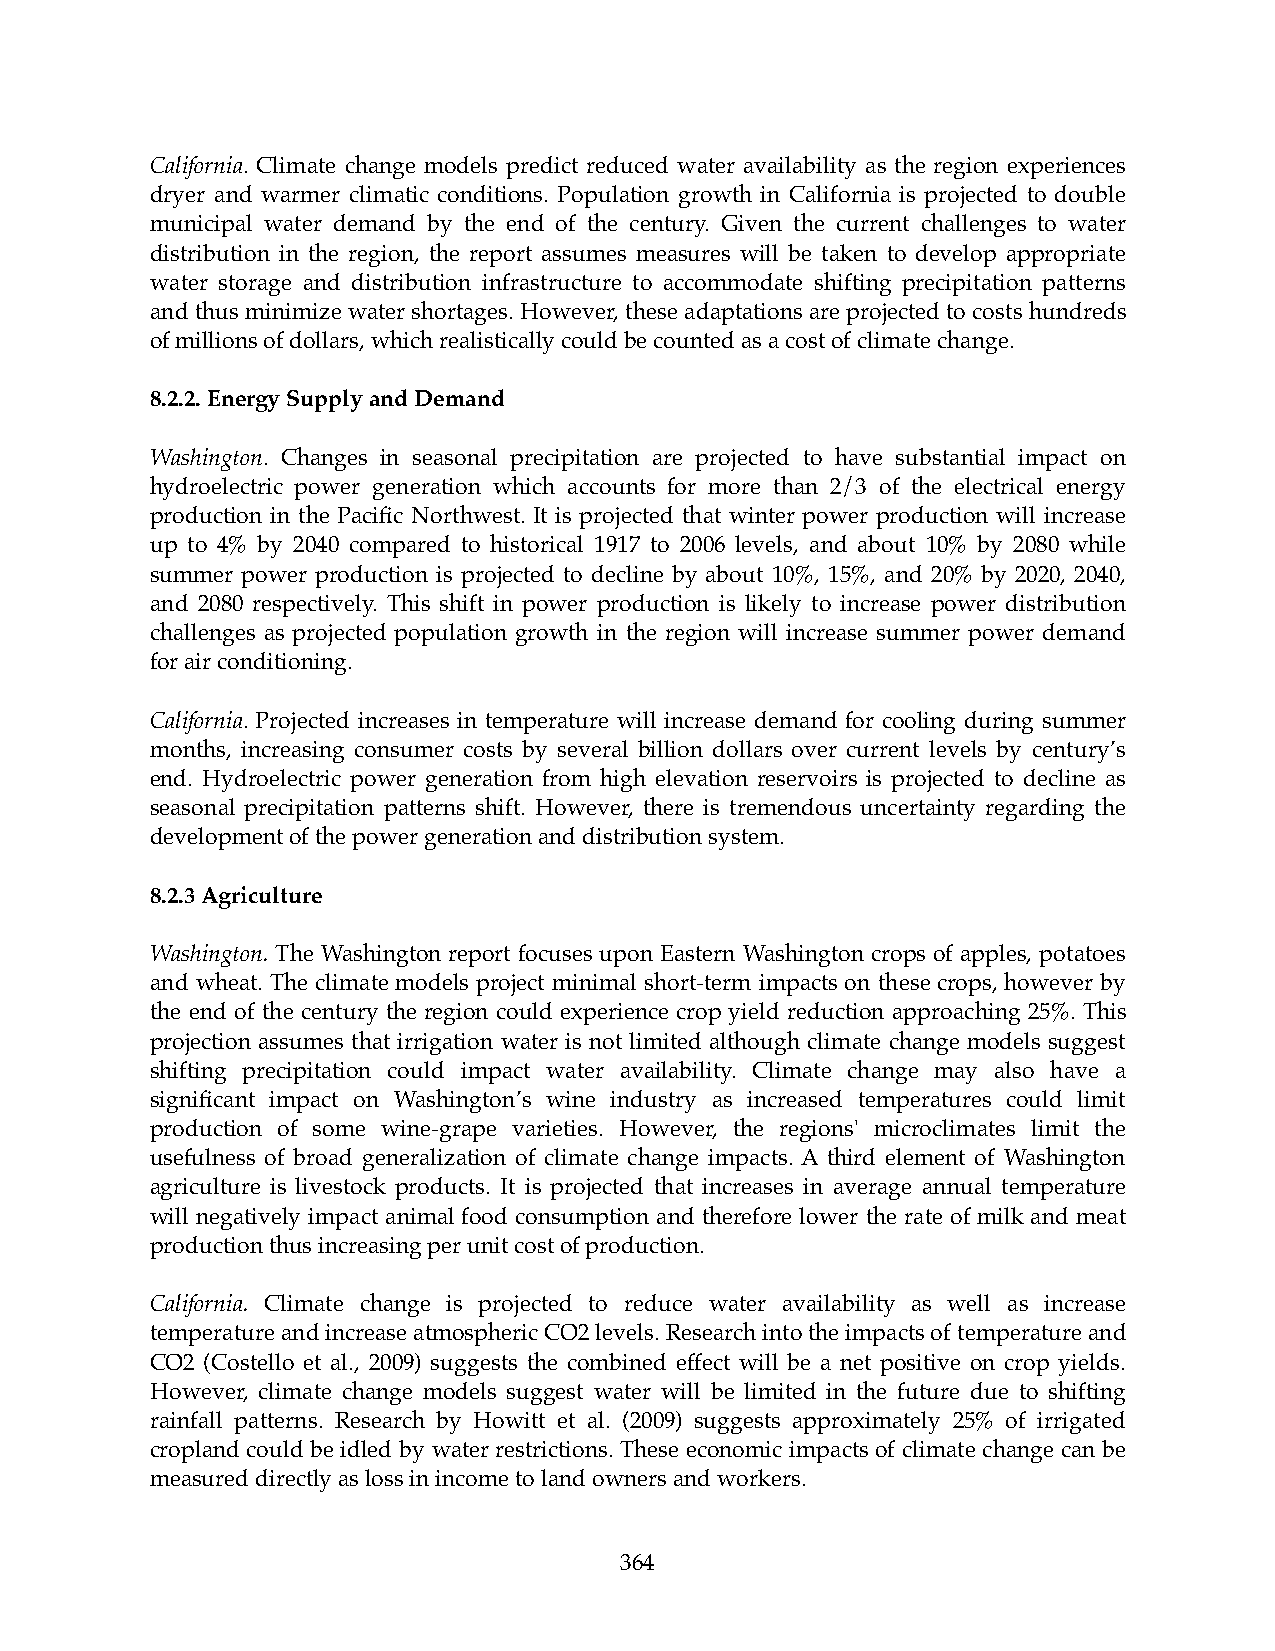
California. Climate change models predict reduced water availability as the region experiences
 dryer and warmer climatic conditions. Population growth in California is projected to double
 municipal water demand by the end of the century. Given the current challenges to water
 distribution in the region, the report assumes measures will be taken to develop appropriate
 water storage and distribution infrastructure to accommodate shifting precipitation patterns
 and thus minimize water shortages. However, these adaptations are projected to costs hundreds
 of millions of dollars, which realistically could be counted as a cost of climate change.
 8.2.2. Energy Supply and Demand
 Washington. Changes in seasonal precipitation are projected to have substantial impact on
 hydroelectric power generation which accounts for more than 2/3 of the electrical energy
 production in the Pacific Northwest. It is projected that winter power production will increase
 up to 4% by 2040 compared to historical 1917 to 2006 levels, and about 10% by 2080 while
 summer power production is projected to decline by about 10%, 15%, and 20% by 2020, 2040,
 and 2080 respectively. This shift in power production is likely to increase power distribution
 challenges as projected population growth in the region will increase summer power demand
 for air conditioning.
 California. Projected increases in temperature will increase demand for cooling during summer
 months, increasing consumer costs by several billion dollars over current levels by century’s
 end. Hydroelectric power generation from high elevation reservoirs is projected to decline as
 seasonal precipitation patterns shift. However, there is tremendous uncertainty regarding the
 development of the power generation and distribution system.
 8.2.3 Agriculture
 Washington. The Washington report focuses upon Eastern Washington crops of apples, potatoes
 and wheat. The climate models project minimal short-term impacts on these crops, however by
 the end of the century the region could experience crop yield reduction approaching 25%. This
 projection assumes that irrigation water is not limited although climate change models suggest
 shifting precipitation could impact water availability. Climate change may also have a
 significant impact on Washington’s wine industry as increased temperatures could limit
 production of some wine-grape varieties. However, the regions' microclimates limit the
 usefulness of broad generalization of climate change impacts. A third element of Washington
 agriculture is livestock products. It is projected that increases in average annual temperature
 will negatively impact animal food consumption and therefore lower the rate of milk and meat
 production thus increasing per unit cost of production.
 California. Climate change is projected to reduce water availability as well as increase
 temperature and increase atmospheric CO2 levels. Research into the impacts of temperature and
 CO2 (Costello et al., 2009) suggests the combined effect will be a net positive on crop yields.
 However, climate change models suggest water will be limited in the future due to shifting
 rainfall patterns. Research by Howitt et al. (2009) suggests approximately 25% of irrigated
 cropland could be idled by water restrictions. These economic impacts of climate change can be
 measured directly as loss in income to land owners and workers.
 364